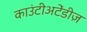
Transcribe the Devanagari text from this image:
काउंटीअटेंडीज़